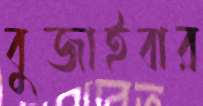
বুজাইবার